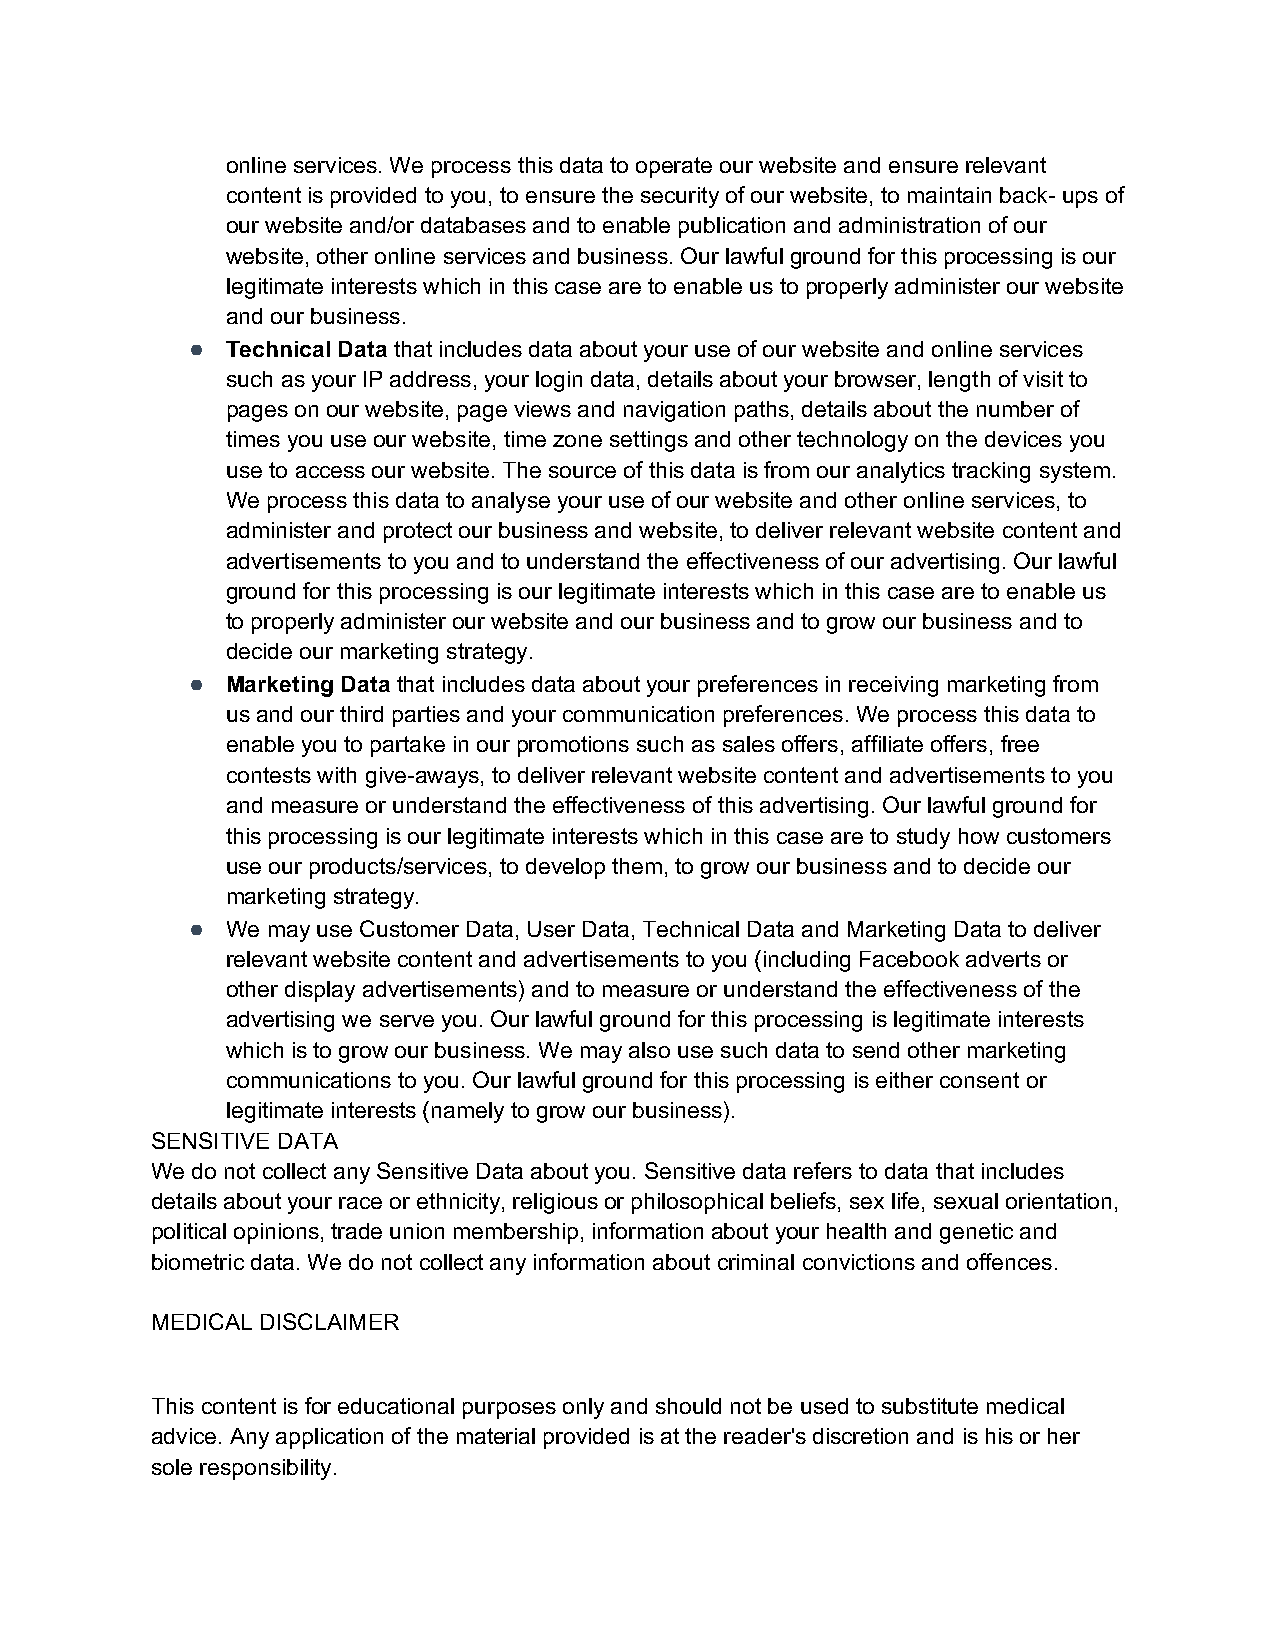
online services. We process this data to operate our website and ensure relevant
 content is provided to you, to ensure the security of our website, to maintain back- ups of
 our website and/or databases and to enable publication and administration of our
 website, other online services and business. Our lawful ground for this processing is our
 legitimate interests which in this case are to enable us to properly administer our website
 and our business.
 ●  Technical Data that includes data about your use of our website and online services
 such as your IP address, your login data, details about your browser, length of visit to
 pages on our website, page views and navigation paths, details about the number of
 times you use our website, time zone settings and other technology on the devices you
 use to access our website. The source of this data is from our analytics tracking system.
 We process this data to analyse your use of our website and other online services, to
 administer and protect our business and website, to deliver relevant website content and
 advertisements to you and to understand the effectiveness of our advertising. Our lawful
 ground for this processing is our legitimate interests which in this case are to enable us
 to properly administer our website and our business and to grow our business and to
 decide our marketing strategy.
 ●  Marketing Data that includes data about your preferences in receiving marketing from
 us and our third parties and your communication preferences. We process this data to
 enable you to partake in our promotions such as sales offers, affiliate offers, free
 contests with give-aways, to deliver relevant website content and advertisements to you
 and measure or understand the effectiveness of this advertising. Our lawful ground for
 this processing is our legitimate interests which in this case are to study how customers
 use our products/services, to develop them, to grow our business and to decide our
 marketing strategy.
 ●  We may use Customer Data, User Data, Technical Data and Marketing Data to deliver
 relevant website content and advertisements to you (including Facebook adverts or
 other display advertisements) and to measure or understand the effectiveness of the
 advertising we serve you. Our lawful ground for this processing is legitimate interests
 which is to grow our business. We may also use such data to send other marketing
 communications to you. Our lawful ground for this processing is either consent or
 legitimate interests (namely to grow our business).
 SENSITIVE DATA
 We do not collect any Sensitive Data about you. Sensitive data refers to data that includes
 details about your race or ethnicity, religious or philosophical beliefs, sex life, sexual orientation,
 political opinions, trade union membership, information about your health and genetic and
 biometric data. We do not collect any information about criminal convictions and offences.
 MEDICAL DISCLAIMER
 This content is for educational purposes only and should not be used to substitute medical
 advice. Any application of the material provided is at the reader's discretion and is his or her
 sole responsibility.